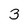
Character: 3